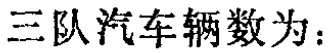
三队汽车辆数为：